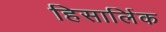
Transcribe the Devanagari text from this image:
हिसार्लिक